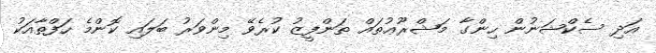
އަދި ސެކްޝަނުން ހިންގާ މަޝްރޫޢުތައް ތަންފީޒު ކުރެވޭ މިންވަރު ބަލައި ކޮންމެ ހަފްތާއަކު